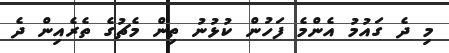
މި ދެ ގައުމު އެންމެ ފަހުން ކުޅުނު ތިން މެޗުގެ ތެރެއިން ދެ